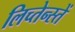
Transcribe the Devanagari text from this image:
लिच्तेन्स्तें